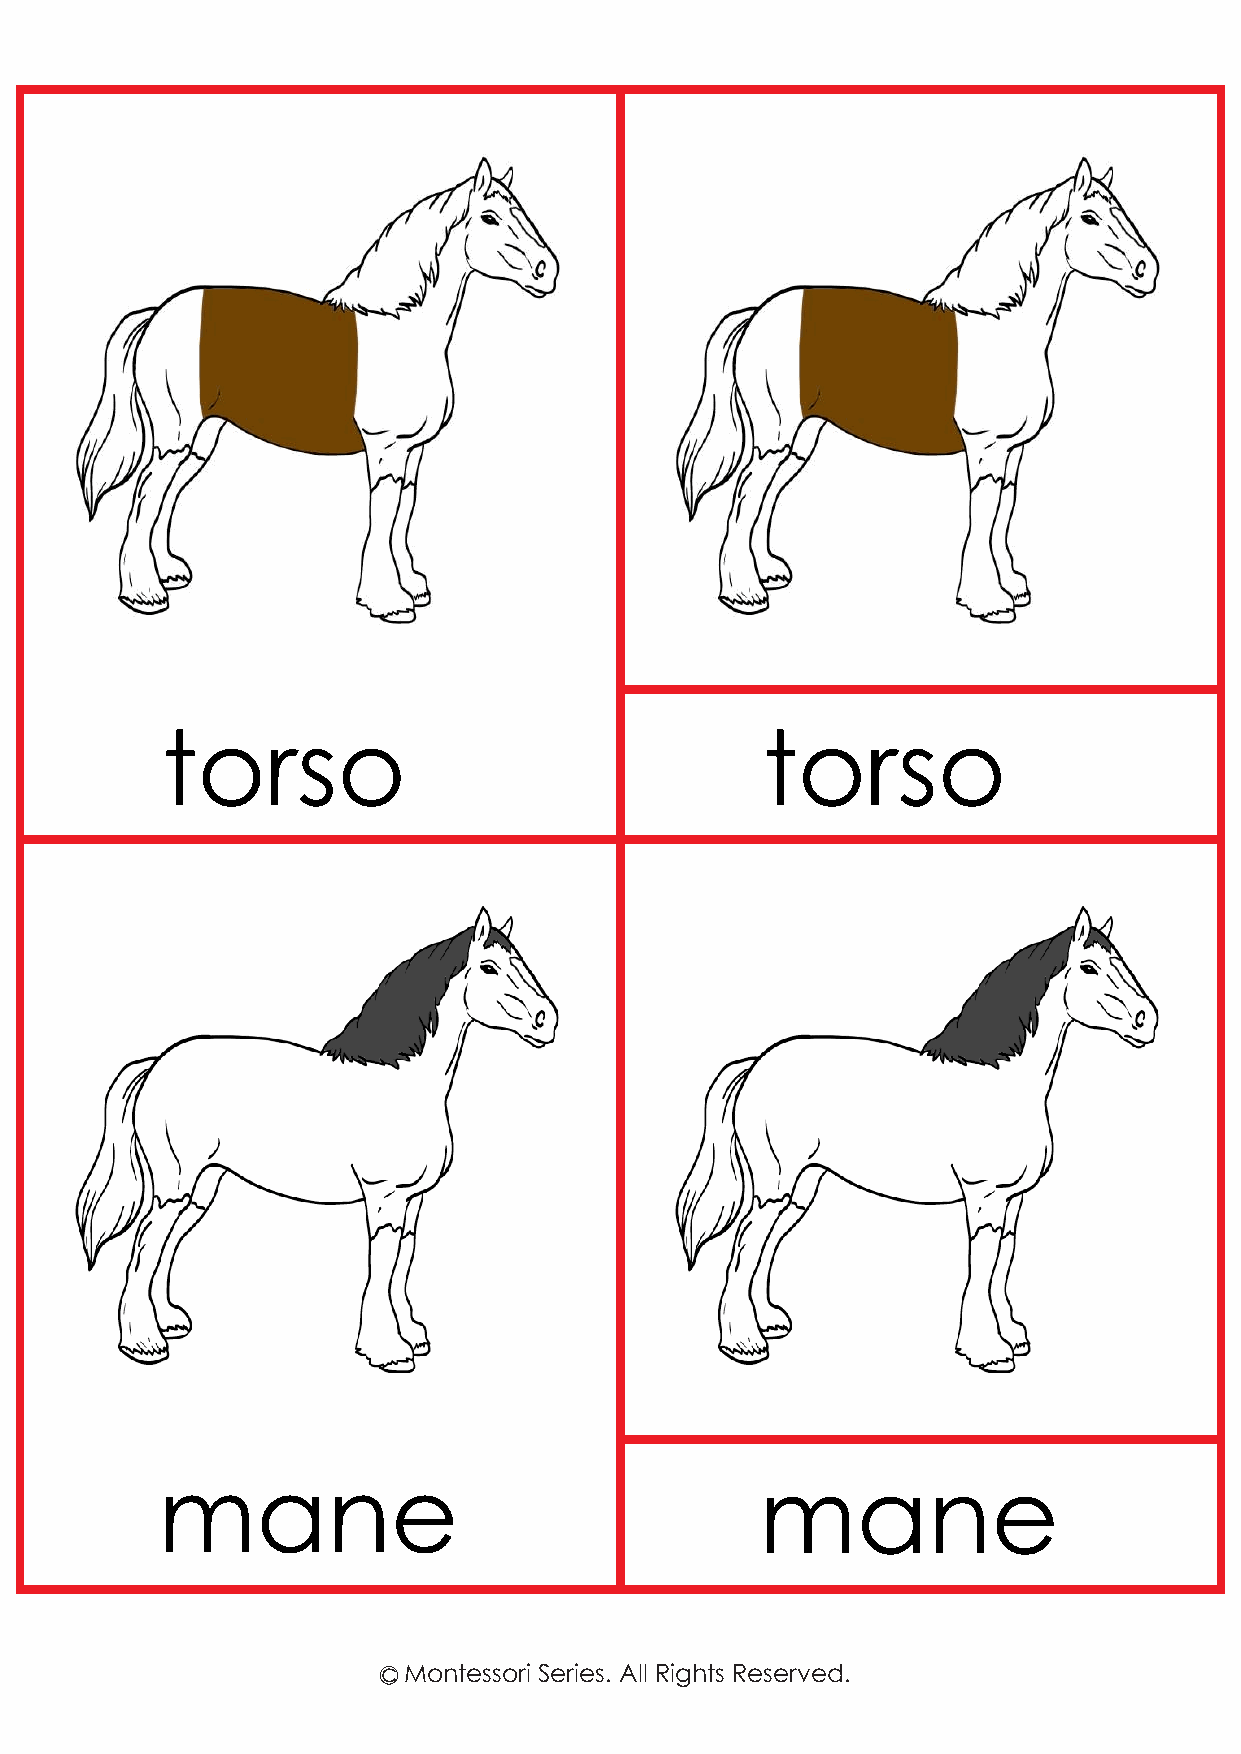
torso                                  torso
 mane                                    mane
 c Montessori Series. All Rights Reserved.